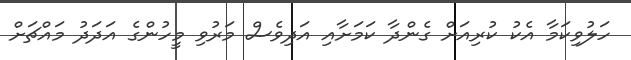
ހަލުވިކަމާ އެކު ކުރިއަށް ގެންދާ ކަމަށާއި އަދިވެސް މަރުވި މީހުންގެ އަދަދު މައްޗަށް